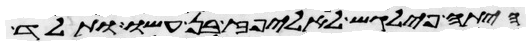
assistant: היתה פילגש לאליפז בן עשו ותלד